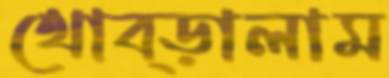
থোব্‌ড়ালাম